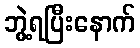
ဘွဲ့ရပြီးနောက်